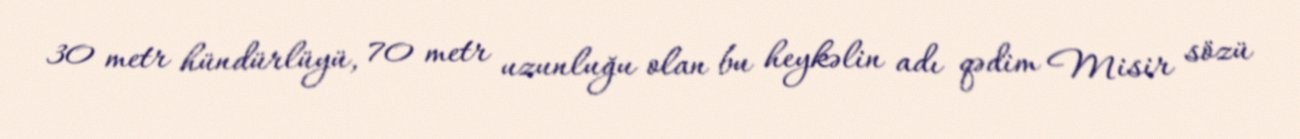
30 metr hündürlüyü, 70 metr uzunluğu olan bu heykəlin adı qədim Misir sözü